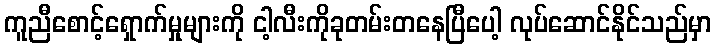
ကူညီစောင့်ရှောက်မှုများကို ငါ့လီးကိုခုတမ်းတနေပြီပေါ့ လုပ်ဆောင်နိုင်သည်မှာ